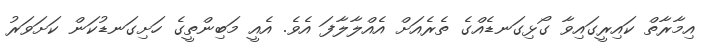
އިމާރާތް ކައިރީގައިވާ ގޯޅިގަނޑެއްގެ ތެރެއަށް އެއްލާލާފަ އެވެ. އެއީ މަބިންތީގެ ހަށިގަނޑުކަން ކަށަވަރު